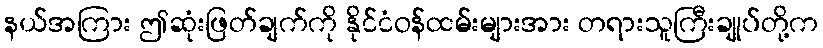
နယ်အကြား ဤဆုံးဖြတ်ချက်ကို နိုင်ငံဝန်ထမ်းများအား တရားသူကြီးချုပ်တို့က